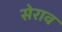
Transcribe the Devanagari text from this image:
सेराव